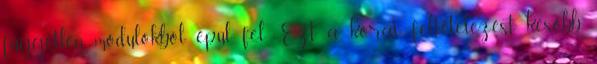
független modulokból épül fel. Ezt a korai feltételezést később